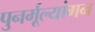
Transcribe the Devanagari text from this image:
पुनर्मूल्यांगन